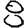
Digit: 8